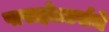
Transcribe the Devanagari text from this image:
पासहोल्डर्सचे